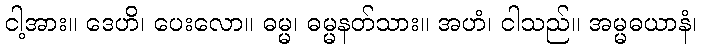
ငါ့အား။ ဒေဟိ၊ ပေးလော။ ဓမ္မ၊ ဓမ္မနတ်သား။ အဟံ၊ ငါသည်။ အမ္မဓယာနံ၊